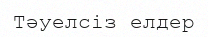
Тәуелсіз елдер